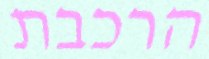
הרכבת